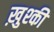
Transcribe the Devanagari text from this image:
ख़ुश्की